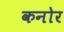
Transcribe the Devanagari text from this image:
कनोर